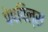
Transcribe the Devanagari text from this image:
पेपपिल्स